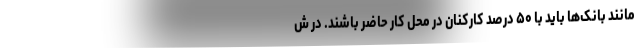
مانند بانک‌ها باید با ۵۰ درصد کارکنان در محل کار حاضر باشند. در ش